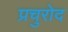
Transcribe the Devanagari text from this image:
प्रचुरोद